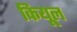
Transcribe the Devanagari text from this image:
कियूल